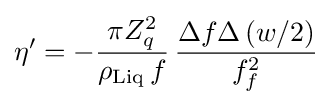
\eta ^{\prime }=-{\frac {\pi Z_{q}^{2}}{\rho _{\mathrm {Liq} }\,f}}\,{\frac {\Delta f\Delta \left(w/2\right)}{f_{f}^{2}}}